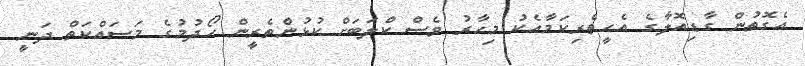
އެގޮތުން ގާޑިއޮލާގެ އެހީތެރިކަމާއެކު މިހާރު ވެސް ކްލަބަށް ކުޅުންތެރީން ހޯދުމުގެ މަސައްކަތް ދަނީ